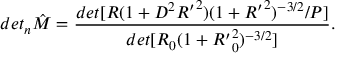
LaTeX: d e t _ { n } { \hat { M } } = \frac { d e t [ R ( 1 + D ^ { 2 } { R ^ { \prime } } ^ { 2 } ) ( 1 + { R ^ { \prime } } ^ { 2 } ) ^ { - 3 / 2 } / P ] } { d e t [ R _ { 0 } ( 1 + { R ^ { \prime } } _ { 0 } ^ { 2 } ) ^ { - 3 / 2 } ] } .